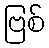
ဗြစ်